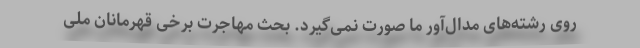
روی رشته‌های مدال‌آور ما صورت نمی‌گیرد. بحث مهاجرت برخی قهرمانان ملی